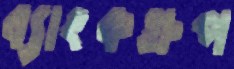
ব্যাংকগ্রুপ